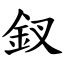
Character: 釵